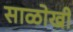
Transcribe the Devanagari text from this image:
साळोखी